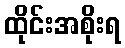
ထိုင်းအစိုးရ